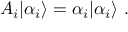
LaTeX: A _ { i } | { \alpha _ { i } } \rangle = \alpha _ { i } | { \alpha _ { i } } \rangle \ .